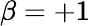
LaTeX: \beta=+1